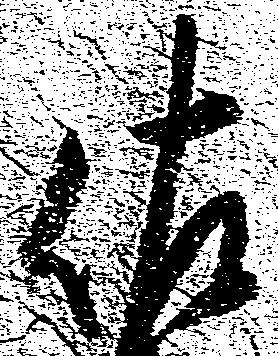
佐